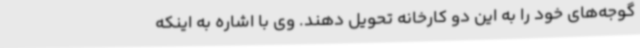
گوجه‌های خود را به این دو کارخانه تحویل دهند. وی با اشاره به اینکه